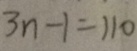
3 n - 1 = 1 1 0